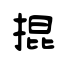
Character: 掍